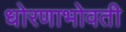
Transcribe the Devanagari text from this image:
धोरणाभोवती